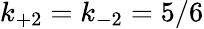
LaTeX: k_{+2}=k_{-2}=5/6